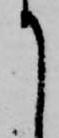
て